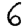
Digit: 6